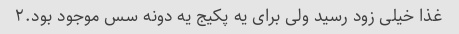
غذا خیلی زود رسید ولی برای یه پکیج یه دونه سس موجود بود.۲